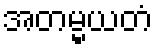
အတမ္မယတံ